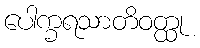
ပေါက္ခရသာတိဝတ္ထု